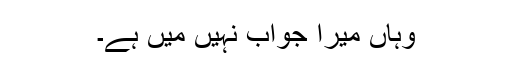
وہاں میرا جواب نہیں میں ہے۔